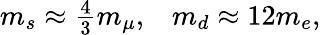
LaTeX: \begin{array}{cc}{{m_{s}\approx\frac{4}{3}m_{\mu},}}&{{m_{d}\approx 12m_{e},}}\end{array}